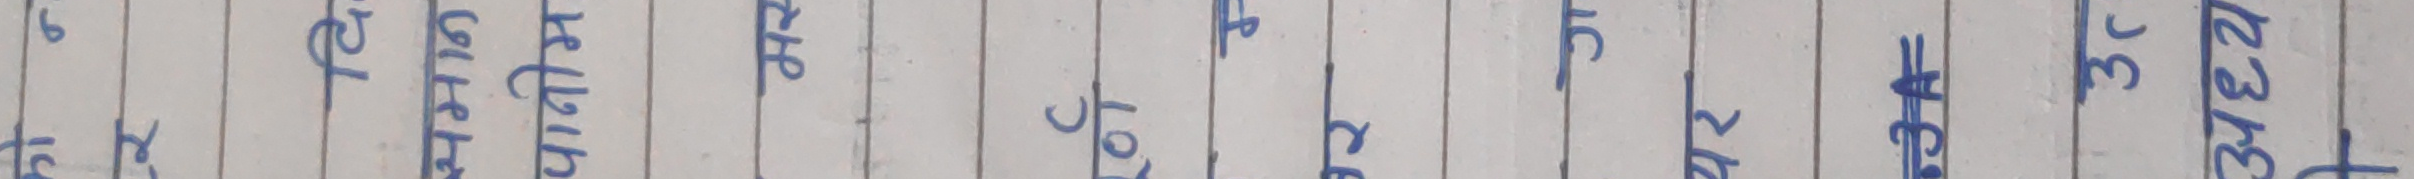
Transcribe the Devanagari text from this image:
३४ वाट्न
३२ वाट्न
१०१वाट्न
६ वाट्न